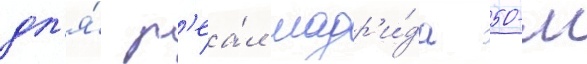
дл'я́ р'еа́л мадр'и́да 50-м